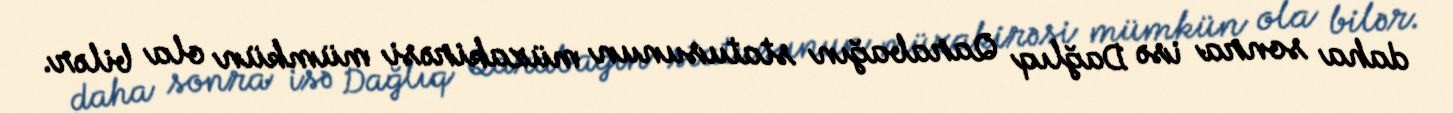
daha sonra isə Dağlıq Qarabağın statusunun müzakirəsi mümkün ola bilər.